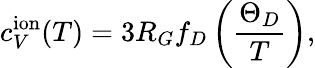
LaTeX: c_{V}^{\mathrm{ion}}(T)=3R_{G}f_{D}\left(\frac{\Theta_{D}}{T}\right),